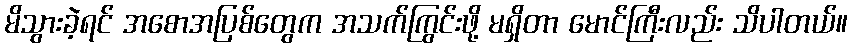
မိသွားခဲ့ရင် အစောအပြစ်တွေက အသက်ကြွင်းဖို့ မရှိတာ မောင်ကြီးလည်း သိပါတယ်။